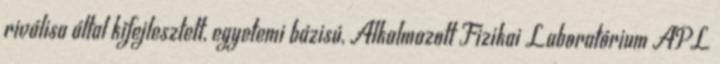
riválisa által kifejlesztett, egyetemi bázisú, Alkalmazott Fizikai Laboratórium APL